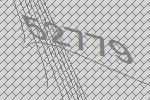
52779